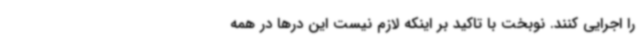
را اجرایی کنند. نوبخت با تاکید بر اینکه لازم نیست این درها در همه